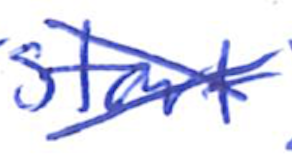
Text: start
Cross-out: cross
Writing tool: ballpoint